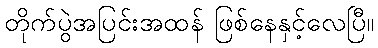
တိုက်ပွဲအပြင်းအထန် ဖြစ်နေနှင့်လေပြီ။